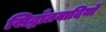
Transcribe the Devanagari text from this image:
सिद्धाँतवादियों